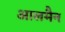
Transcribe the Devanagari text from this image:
आलमैन